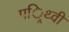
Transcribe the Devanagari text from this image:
पर्िथ्वी